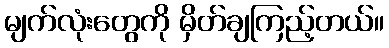
မျက်လုံးတွေကို မှိတ်ချကြည့်တယ်။